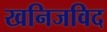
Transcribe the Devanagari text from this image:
खनिजविद